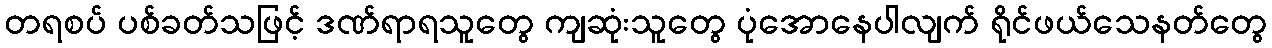
တရစပ် ပစ်ခတ်သဖြင့် ဒဏ်ရာရသူတွေ ကျဆုံးသူတွေ ပုံအောနေပါလျက် ရိုင်ဖယ်သေနတ်တွေ